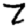
Digit: 7